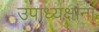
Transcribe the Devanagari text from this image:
उपाध्यक्षांना